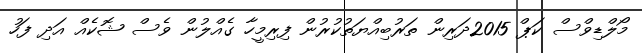
މޯލްޑިވްސް ކަޕް 2015ދަރިން ތަރުބިއްޔަތުކުރުން ފިރިމީހާ ގެއްލުން ވެސް ޝޮކެއް އަދި ފަހު